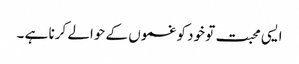
ایسی محبت تو خود کو غموں کے حوالے کرنا ہے ۔